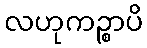
လဟုကဉ္စာပိ